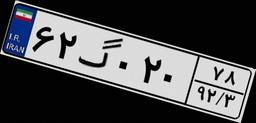
۷۱گ۹۲۹۴۳